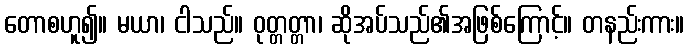
တောစဟူ၍။ မယာ၊ ငါသည်။ ဝုတ္တတ္တာ၊ ဆိုအပ်သည်၏အဖြစ်ကြောင့်။ တနည်းကား။